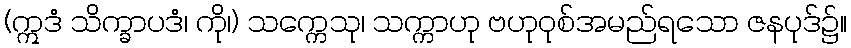
(ဣဒံ သိက္ခာပဒံ၊ ကို၊) သက္ကေသု၊ သက္ကာဟု ဗဟုဝုစ်အမည်ရသော ဇနပုဒ်၌။